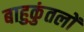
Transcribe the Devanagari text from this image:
बाहुकुंतलों